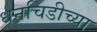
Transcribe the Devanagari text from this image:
धनचिडीच्या